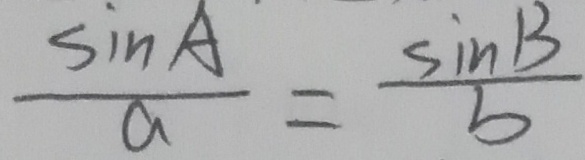
\frac { \sin A } { a } = \frac { \sin B } { b }